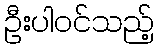
ဦးပါဝင်သည့်